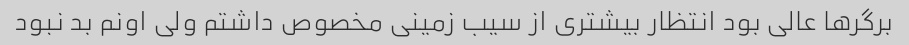
برگر‌ها عالی بود انتظار بیشتری از سیب زمینی مخصوص داشتم ولی اونم‌ بد نبود